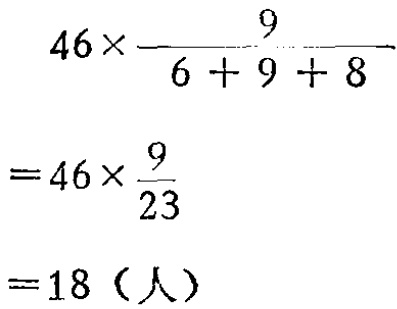
因此，第一组、第二组、第三组人数的连比是\(6:9:8\)。